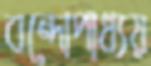
বন্দোপাধ্যয়